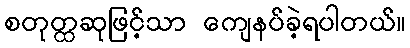
စတုတ္ထဆုဖြင့်သာ ကျေနပ်ခဲ့ရပါတယ်။